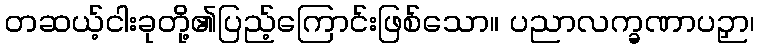
တဆယ့်ငါးခုတို့၏ပြည့်ကြောင်းဖြစ်သော။ ပညာလက္ခဏာပဉှာ၊